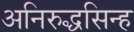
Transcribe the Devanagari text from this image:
अनिरुद्धसिन्ह